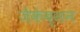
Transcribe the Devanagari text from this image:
जैकेब्सन